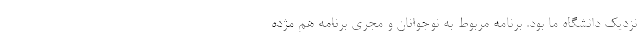
نزدیک دانشگاه ما بود. برنامه مربوط به نوجوانان و مجری برنامه هم مژده